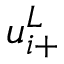
u _ { i + } ^ { L }